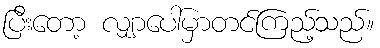
ပြီးတော့ လျှာပေါ်မှာတင်ကြည့်သည်။